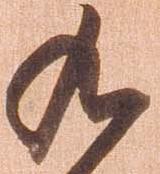
九